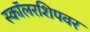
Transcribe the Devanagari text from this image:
स्कॉलरशिपवर